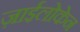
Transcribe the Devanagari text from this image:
ज़ाईलोकेन